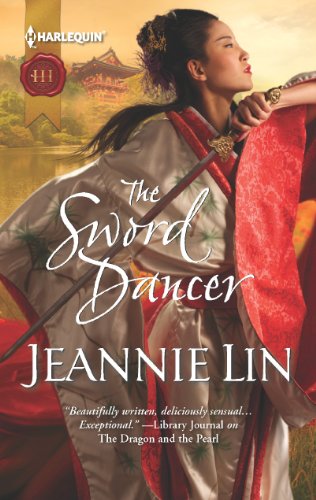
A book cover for The Sword Dancer (Rebels and Lovers); Jeannie Lin; Romance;